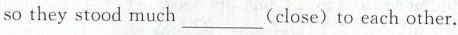
so they stood much___(close) to each other.